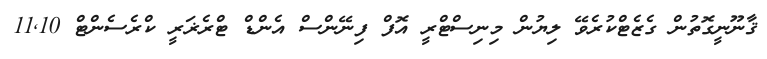
ޤާނޫނީގޮތުން ގެޒެޓްކުރެވޭ ލިޔުން މިނިސްޓްރީ އޮފް ފިނޭންސް އެންޑް ޓްރެޜަރީ ކްރެސެންޓް 11